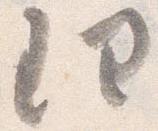
理